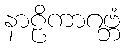
နာဠိကာဂဗ္ဘံ